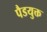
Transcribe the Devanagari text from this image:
पैडयुक्त